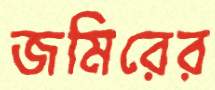
জমিরের